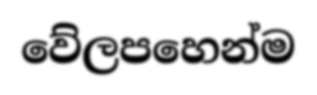
වේලපහෙන්ම